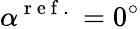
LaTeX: \alpha^{\mathrm{~r~e~f~.~}}=0^{\circ}